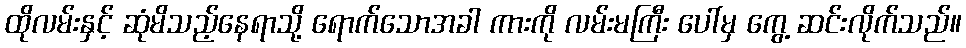
ထိုလမ်းနှင့် ဆုံမိသည့်နေရာသို့ ရောက်သောအခါ ကားကို လမ်းမကြီး ပေါ်မှ ကွေ့ ဆင်းလိုက်သည်။